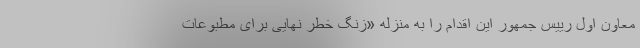
معاون اول رییس جمهور این اقدام را به منزله «زنگ خطر نهایی برای مطبوعات